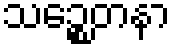
သဉ္စေတနာ